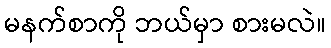
မနက်စာကို ဘယ်မှာ စားမလဲ။